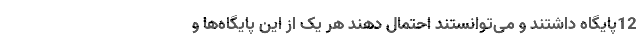
12پایگاه داشتند و می‌توانستند احتمال دهند هر یک از این پایگاه‌ها و